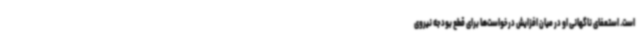
است. استعفای ناگهانی او در میان افزایش درخواست‌ها برای قطع بودجه نیروی